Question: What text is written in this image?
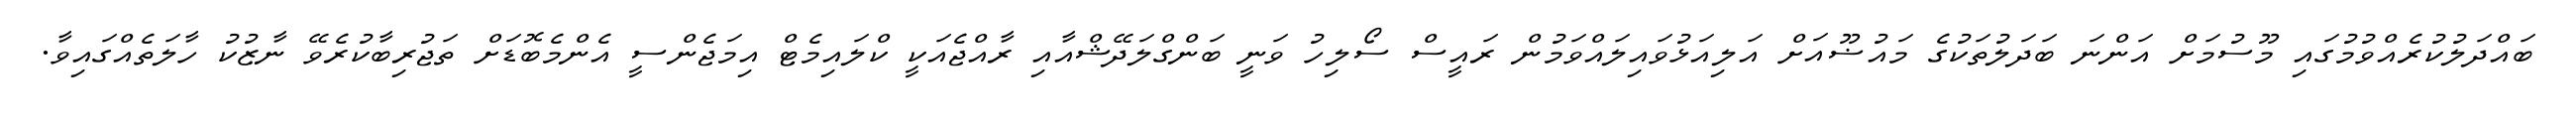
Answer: ބައްދަލުކުރެއްވުމުގައި މޫސުމަށް އަންނަ ބަދަލުތަކުގެ މައުޟޫއަށް އަލިއަޅުވައިލައްވަމުން ރައީސް ސޯލިހު ވަނީ ބަންގްލަދޭޝްއާއި ރާއްޖެއަކީ ކްލައިމެޓް އިމަޖެންސީ އެންމެބޮޑަށް ތަޖުރިބާކުރެވޭ ނާޒުކު ހާލަތެއްގައިވާ.